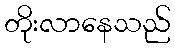
တိုးလာနေသည်